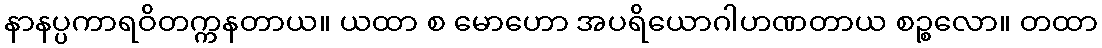
နာနပ္ပကာရဝိတက္ကနတာယ။ ယထာ စ မောဟော အပရိယောဂါဟဏတာယ စဉ္စလော။ တထာ